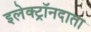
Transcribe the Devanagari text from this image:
इलेक्ट्रॉनदाता